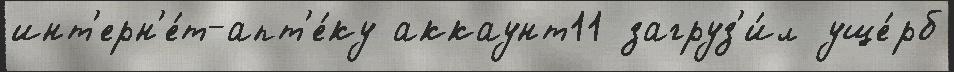
инт'ерн'е́т-апт'е́ку аккаунт11 загруз'и́л уще́рб